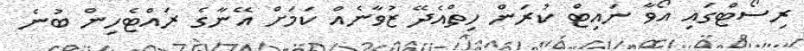
ރިސޯޓްގައި އޯވާ ނައިޓް ކުރަން ހިތްއެދޭ ޒުވާނެއް ކަމަށް އޭނާގެ ރައްޓެހިން ބުނެ